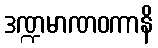
ဒဏ္ဍမာဏဝကာနိ